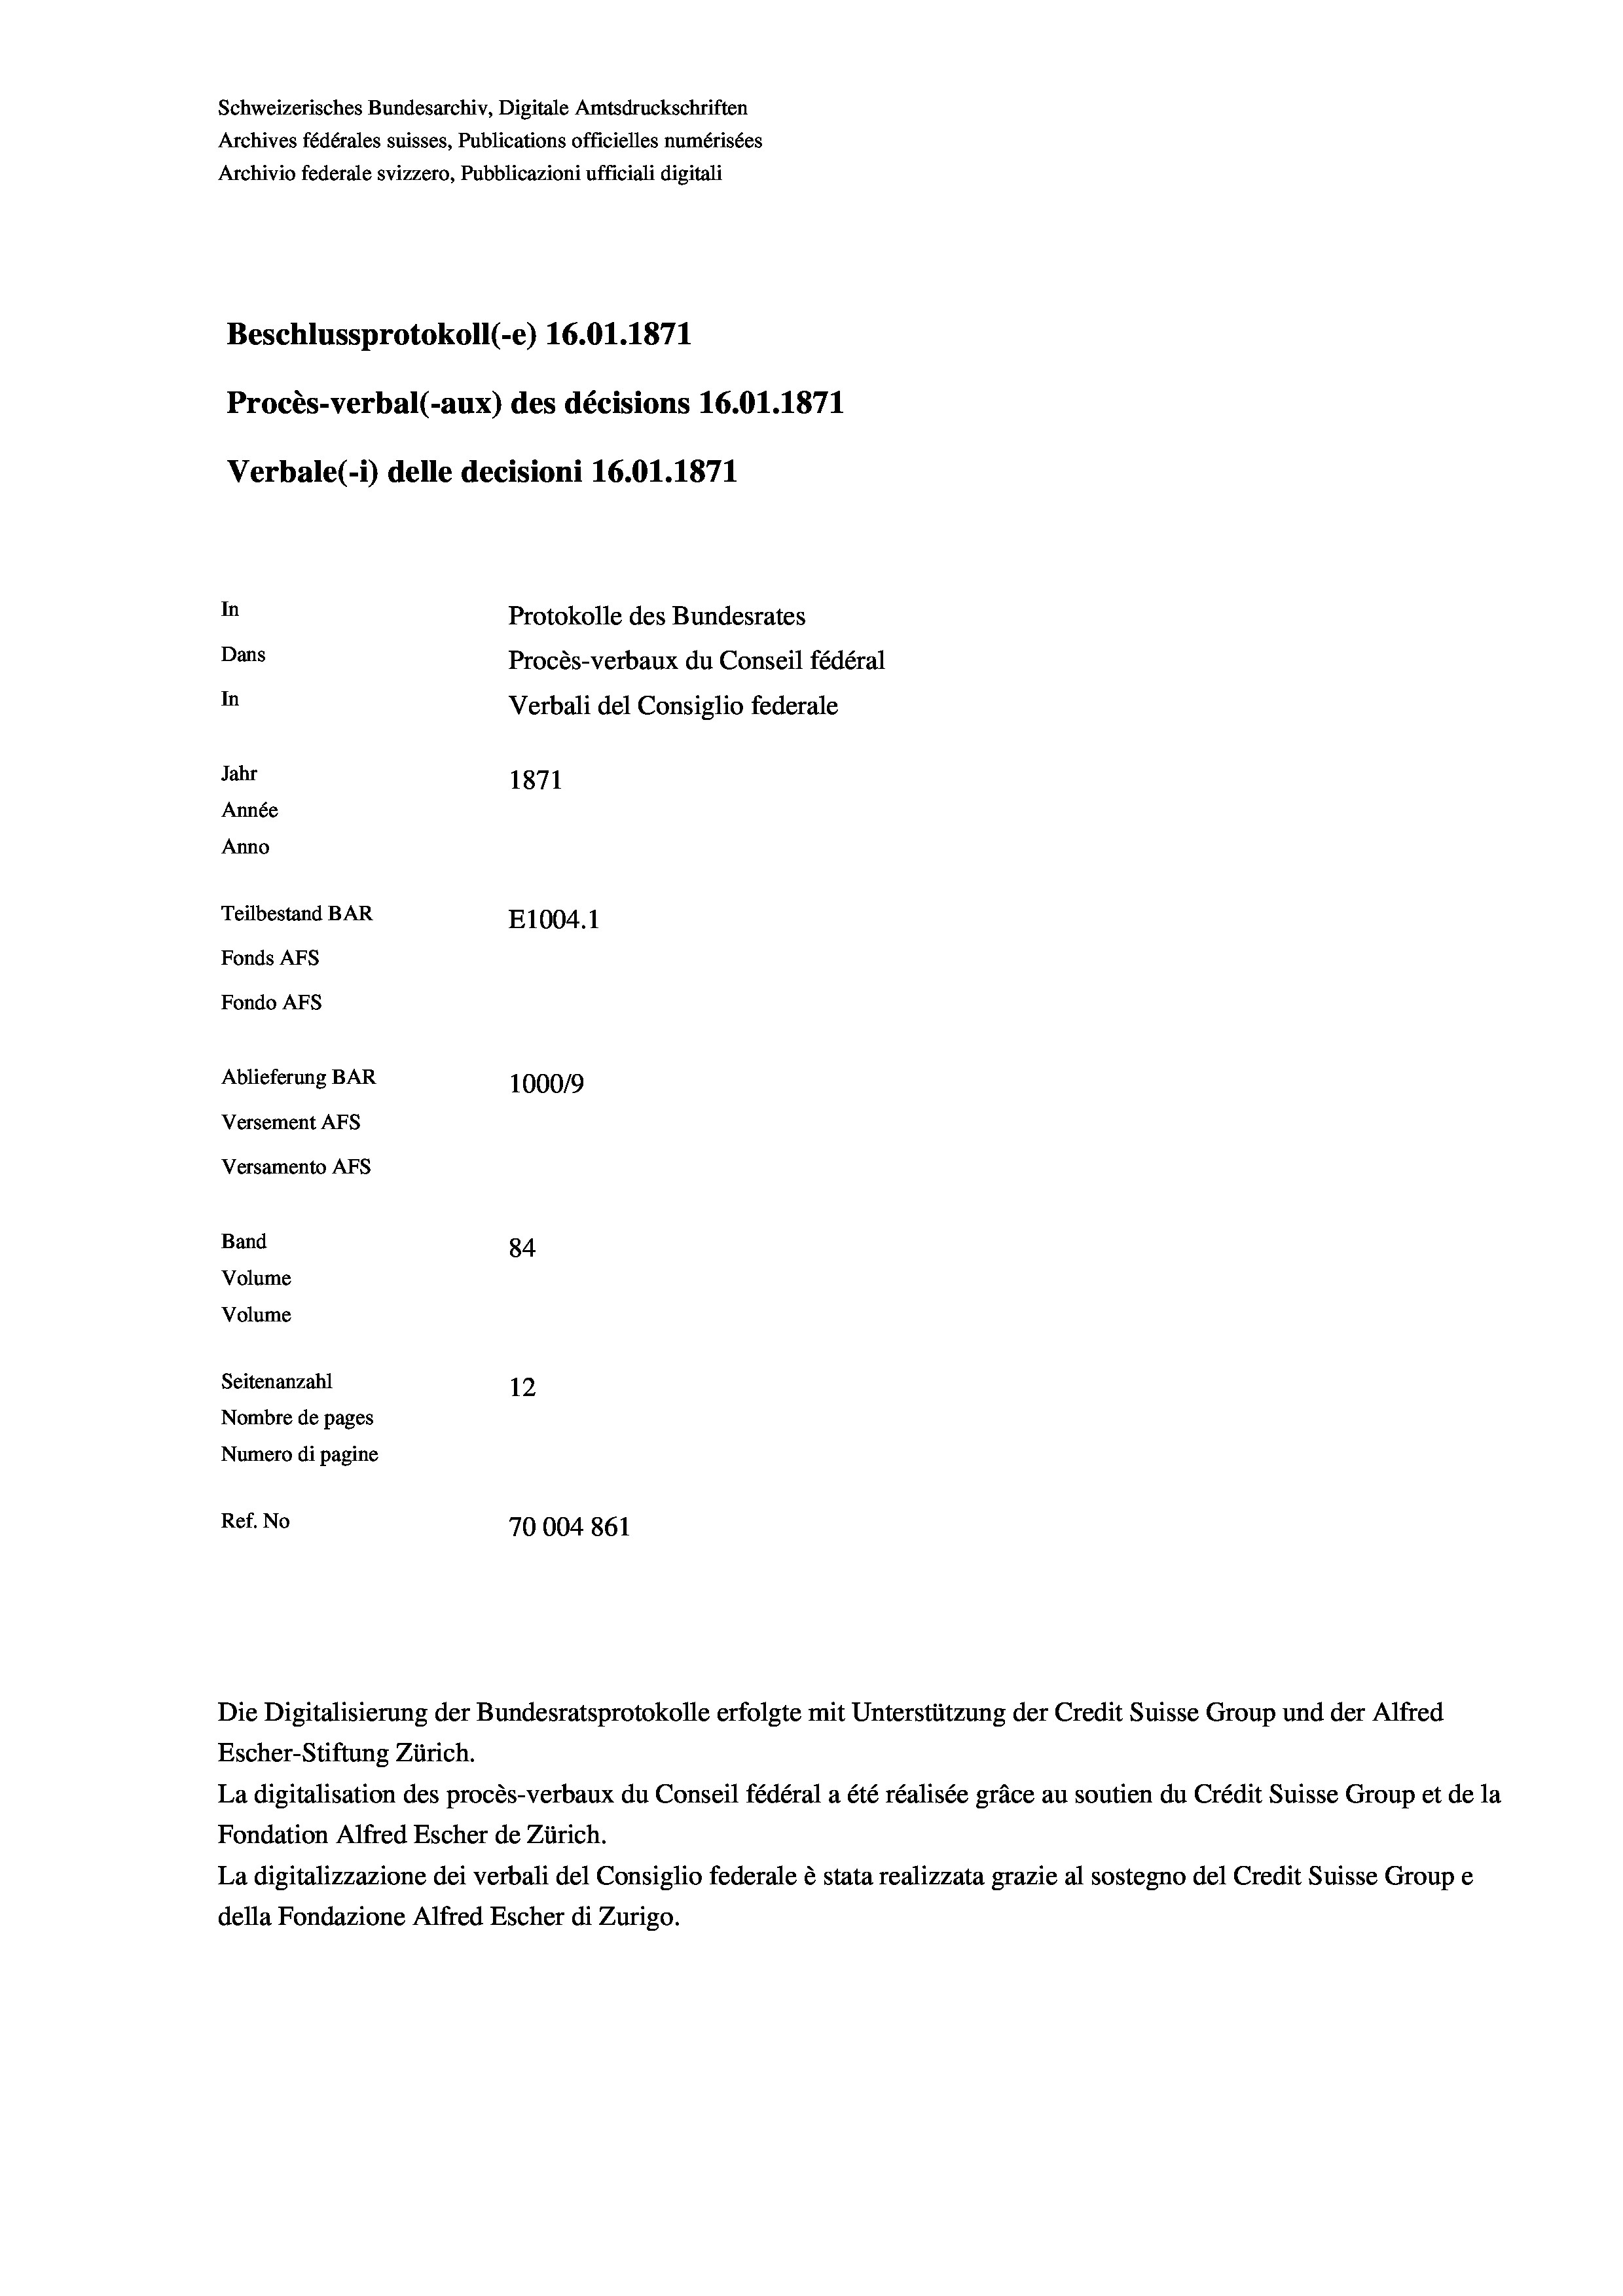
Schweizerisches Bundesarchiv, Digitale Amtsdruckschriften
Archives fédérales suisses, Publications officielles numérisées
Archivio federale svizzero, Pubblicazioni ufficiali digitali
Beschlussprotokoll (-e) 16.01. 1871
Procès-verbal (-aux) des décisions 16.01.1871
Verbale (- 1) delle decisioni 16.01. 1871
In
Protokolle des Bundesrates
Dans
Procès-verbaux du Conseil fédéral
In
Verbali del Consiglio federale
Jahr
1871
Année
Anno
Teilbestand BAR
E1004.1
Fonds AFs
Fondo AFs
Ablieferung BAR
1000/9
Versement Abs
Versamento Afs
Band
84
Volume
Volume

Seitenanzahl
12
Nombre de pages
Numero di pagine
Ref. No
70004861

Escher-Stiftung Zürich.
La digitalisation des procès-verbaux du Conseil fédéral a été réalisée gräce au soutien du Crédit Suisse Group et de la
Fondation Alfred Escher de Zürich.
La digitalizzazione dei verbali del Consiglio federale è stata realizzata grazie al sostegno del Credit Suisse Groupe
della Fondazione Alfred Escher di Zurigo.

Die Digitalisierung der Bundesratsprotokolle erfolgte mit Unterstützung der Credit Suisse Group und der Alfred